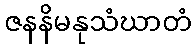
ဇနနိမနုသံဃာတံ